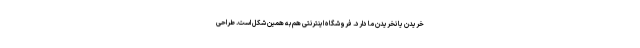
خریدن یا نخریدن ما دارد. فروشگاه اینترنتی هم به همین شکل است. طراحی